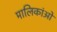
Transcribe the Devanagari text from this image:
मालिकांओ